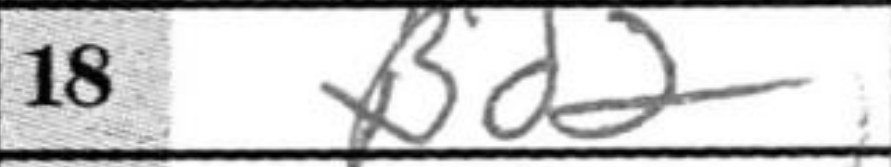
Transcription: Bd2